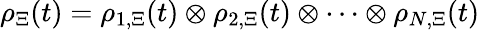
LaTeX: \rho_{\Xi}(t)=\rho_{1,\Xi}(t)\otimes\rho_{2,\Xi}(t)\otimes\cdots\otimes\rho_{N,\Xi}(t)